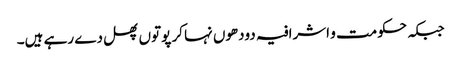
جبکہ حکومت و اشرافیہ دودھوں نہا کر پوتوں پھل دے رہے ہیں۔